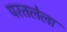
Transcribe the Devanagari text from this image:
परतलेला